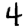
Digit: 4